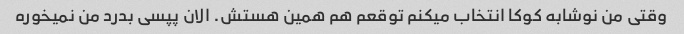
وقتی من نوشابه کوکا انتخاب میکنم توقعم هم همین هستش. الان پپسی بدرد من نمیخوره